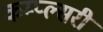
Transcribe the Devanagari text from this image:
कम्प्ल्सरी